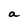
Character: a